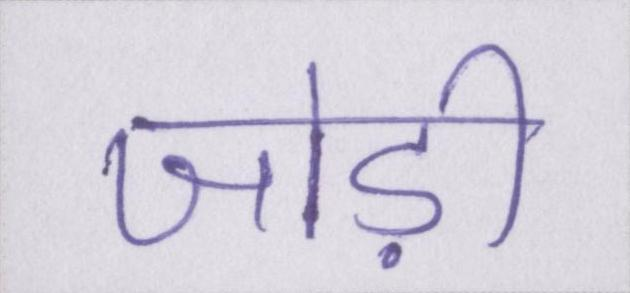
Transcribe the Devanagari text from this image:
जोड़ी